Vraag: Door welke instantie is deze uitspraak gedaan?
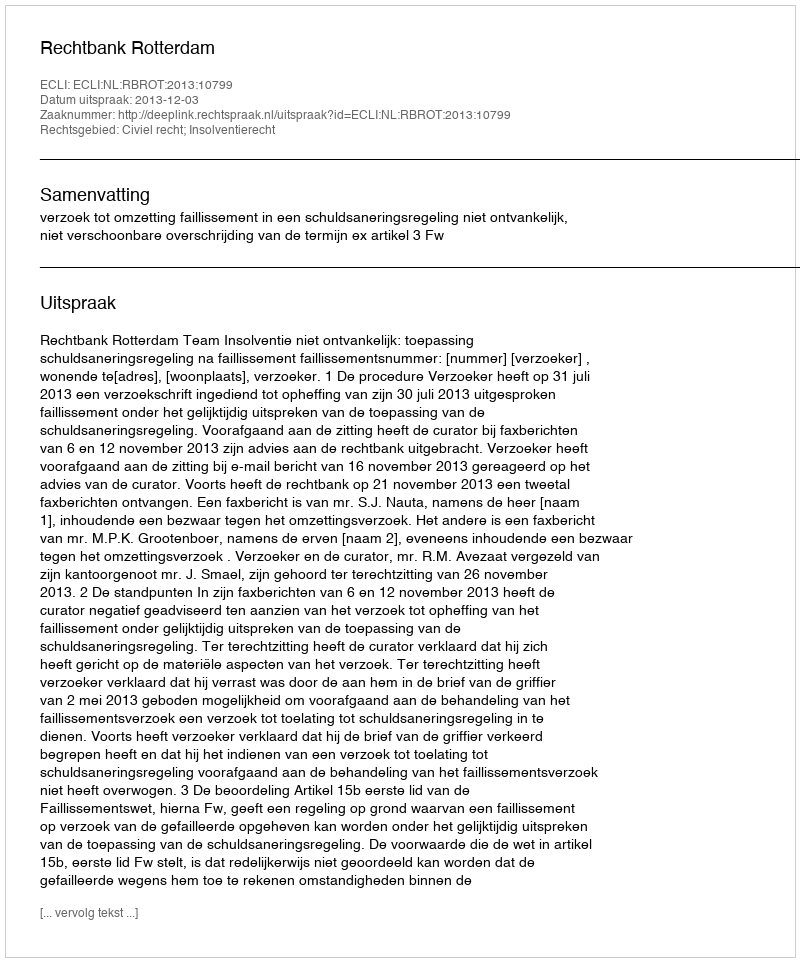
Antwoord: Rechtbank Rotterdam